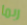
ربما